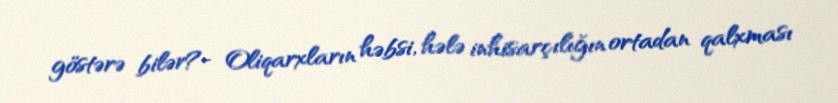
göstərə bilər?- Oliqarxların həbsi, hələ inhisarçılığın ortadan qalxması